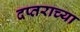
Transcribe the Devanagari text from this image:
दप्तराच्या